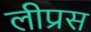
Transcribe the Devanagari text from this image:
लीप्रस